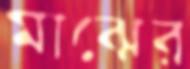
মাঝের